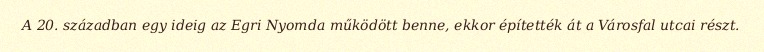
A 20. században egy ideig az Egri Nyomda működött benne, ekkor építették át a Városfal utcai részt.